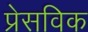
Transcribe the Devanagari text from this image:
प्रेसविक